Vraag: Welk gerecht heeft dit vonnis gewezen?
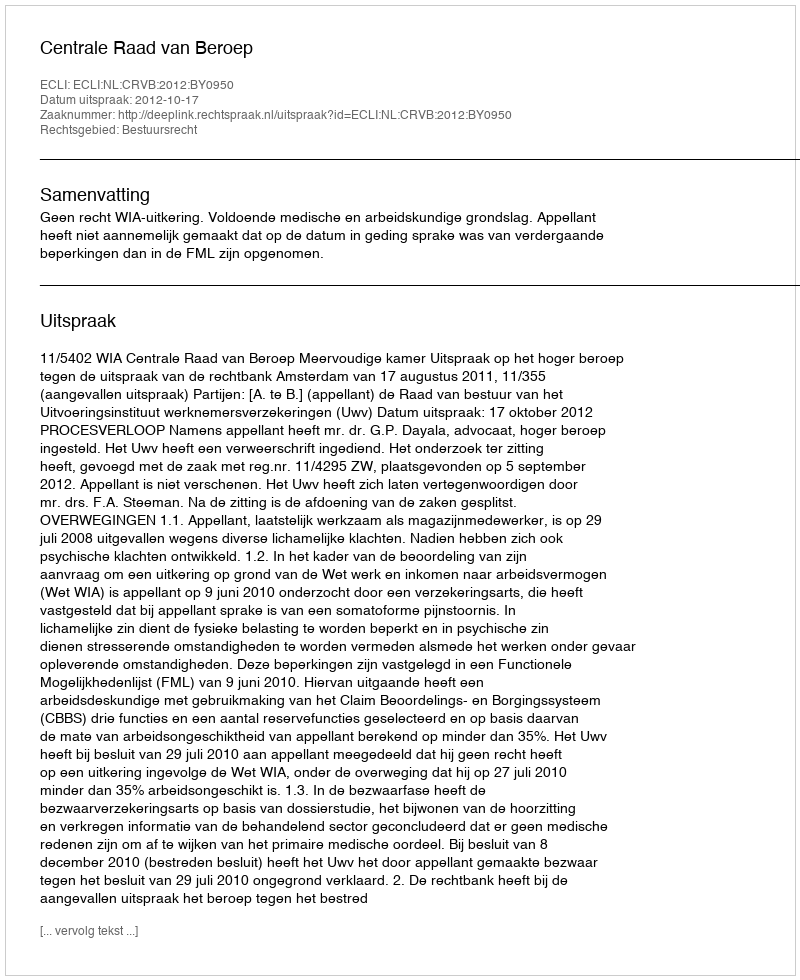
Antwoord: Centrale Raad van Beroep